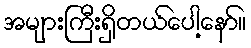
အများကြီးရှိတယ်ပေါ့နော်။